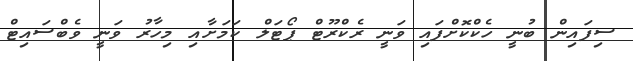
ސިފައިން ބުނީ ހެކްކޮށްފައި ވަނީ ރެކްރޫޓް ޕޯޓަލް ކަމަށާއި މިހާރު ވަނީ ވެބްސައިޓް